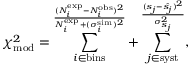
\chi _ { \mathrm { m o d } } ^ { 2 } = \sum _ { i \in \mathrm { b i n s } } ^ \frac { ( N _ { i } ^ { \mathrm { e x p } } - N _ { i } ^ { \mathrm { o b s } } ) ^ { 2 } } { N _ { i } ^ { \mathrm { e x p } } + ( \sigma _ { i } ^ { \mathrm { s i m } } ) ^ { 2 } } + \sum _ { j \in \mathrm { s y s t } } ^ \frac { ( s _ { j } - \hat { s _ { j } } ) ^ { 2 } } { \sigma _ { s _ { j } } ^ { 2 } } ,